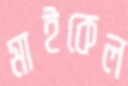
মাইকেল